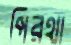
পিরথা